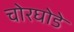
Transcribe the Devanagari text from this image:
चोरघोडे